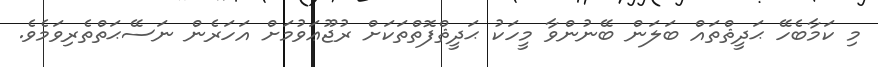
މި ކަމާބެހޭ ޙަދީޘްތައް ބަލަން ބޭނުންވާ މީހަކު ޙަދީޘްފޮތްތަކަށް ރުޖޫޢަވުމަށް އަހަރެން ނަސޭޙަތްތެރިވަމެވެ.